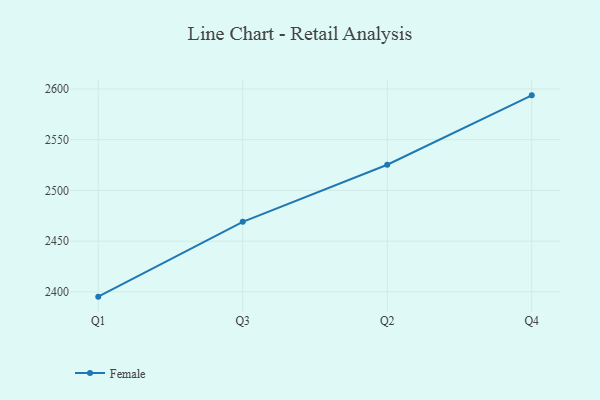
{"axis": {"x": "Quarter", "y": "Production Output"}, "legend": ["Female"], "data": [{"x": "Q1", "y": 2395.3, "type": "Female"}, {"x": "Q3", "y": 2469.0, "type": "Female"}, {"x": "Q2", "y": 2525.3, "type": "Female"}, {"x": "Q4", "y": 2593.7, "type": "Female"}]}